Report of the Bombay Plague Committee
Disease focus: Plague
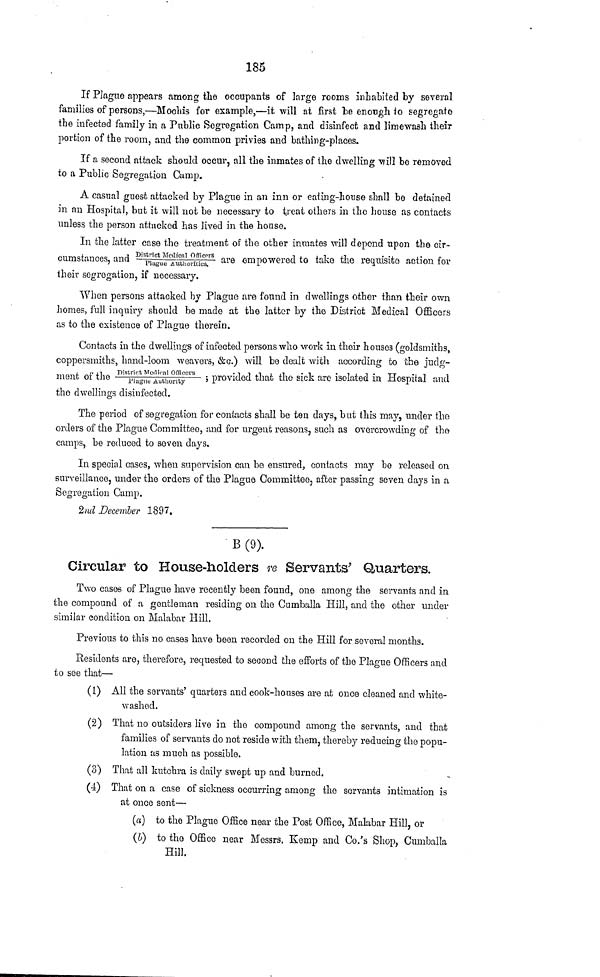
185
If Plague appears among the occupants of large rooms inhabited by several
families of persons,—Moohis for example,—it will at first he enough to segregate
the infected family in a Puhlic Segregation Camp, and disinfect and limewash their
portion of the room, and the common privies and bathing-places.
If a second attack should occur, all the inmates of the dwelling 'will be removed
to a Public Segregation Gump.
A casual guest attacked by Plague in an inn or eating-house shall be detained
in an Hospital, but it will not be necessary to treat others in the house as contacts
unless the person attacked has lived in the house.
In the latter case the treatment of the other inmates will depend upon the cir-
cumstances, and P'yftMcatoiofflcPTH are empowered to take the requisite action for
/
i icig'iio AUuiioriOics,
J-
their segregation, if necessary.
When persons attacked by Plague are found in dwellings other than their own
homes, full inquiry should be made at the latter by the District Medical Officers
as to the existence of Plague therein.
Contacts in the dwellings of infected persons who work in their houses (goldsmiths,
coppersmiths, hand-loom weavers, &c.) will be dealt with according to the judg-
ment of the
ras
S^nS!^°r S
5 provided that the sick are isolated in Hospital and
the dwellings disinfected.
The period of segregation for contacts shall be ten days, but this may, under the
orders of the Plague Committee, and for urgent reasons, such as overcrowding of the
camps, be reduced to seven days.
In special cases, when supervision can be ensured, contacts may bo released on
surveillance, under the orders of the Plague Committee, after passing seven days in a
Segregation Camp.
2nd December 1897.
B(9).
Circular to House-holders re Servants' Quarters.
Two cases of Plague have recently been found, one among the servants and in
the compound of a gentleman residing on the Cumballa Hill, and the other under
similar condition on Malabar Hill.
Previous to this no cases have been recorded on the Hill for several months.
Residents are, therefore, requested to second the efforts of the Plague Officers and
to see that—
(1) All the servants' quarters and cook-houses are at once cleaned and white-
washed.
(2) That no outsiders live in the compound among the servants, and that
families of servants do not reside with them, thereby reducing the popu-
lation as much as possible.
(3) That all kutchra is daily swept up and burned.
(4) That on a case of sickness occurring among the servants intimation is
at once sent—
(a) to the Plague Office near the Post Office, Malabar Hill, or
(V) to the Office near Messrs, Kemp and Co.'s Shop, Cumballa
Hill.